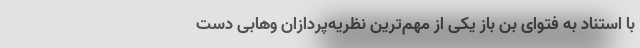
با استناد به فتوای بن باز یکی از مهم‌ترین نظریه‌پردازان وهابی دست